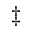
^ \ddag